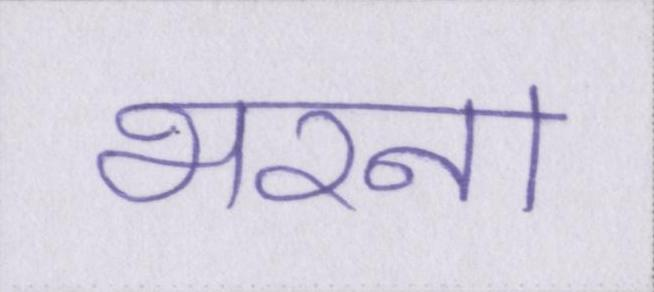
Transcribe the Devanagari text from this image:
भरना